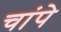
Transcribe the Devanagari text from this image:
चांपे